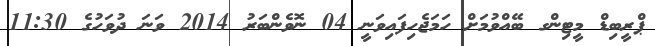
ޕްރީބިޑް މީޓިންގ ބޭއްވުމަށް ހަމަޖެހިފައިވަނީ 04 ނޮވެންބަރު 2014 ވަނަ ދުވަހުގެ 11:30